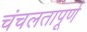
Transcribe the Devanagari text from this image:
चंचलतापूर्ण